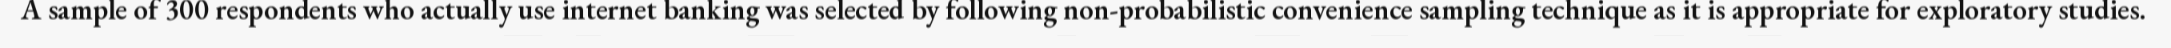
A sample of 300 respondents who actually use internet banking was selected by following non-probabilistic convenience sampling technique as it is appropriate for exploratory studies.